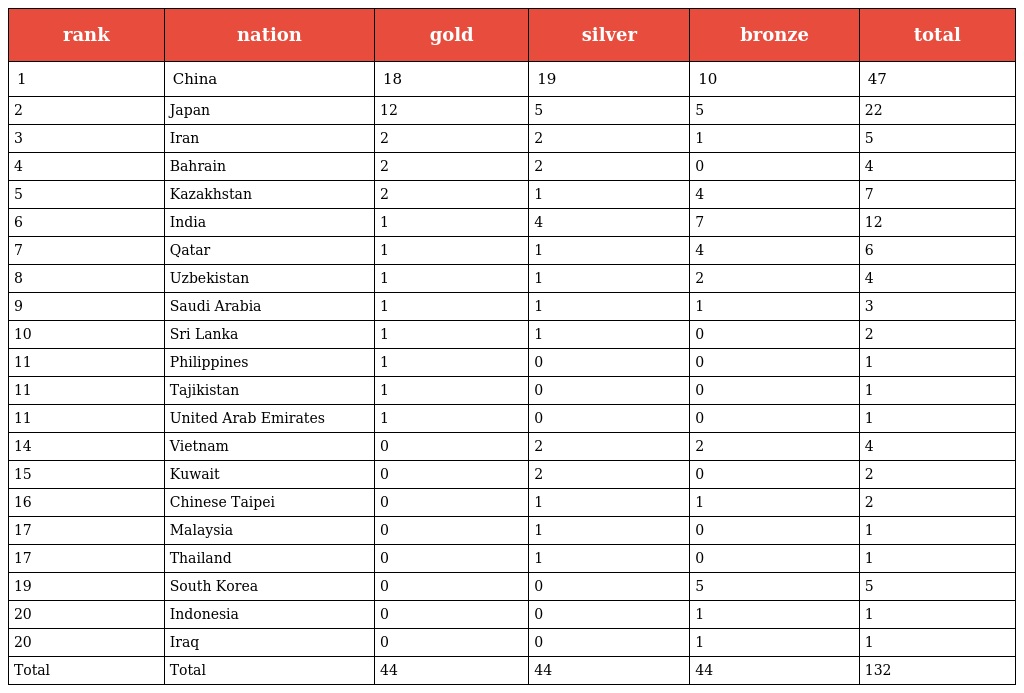
| rank | nation | gold | silver | bronze | total |
 | --- | --- | --- | --- | --- | --- |
 | 1 | China | 18 | 19 | 10 | 47 |
 | 2 | Japan | 12 | 5 | 5 | 22 |
 | 3 | Iran | 2 | 2 | 1 | 5 |
 | 4 | Bahrain | 2 | 2 | 0 | 4 |
 | 5 | Kazakhstan | 2 | 1 | 4 | 7 |
 | 6 | India | 1 | 4 | 7 | 12 |
 | 7 | Qatar | 1 | 1 | 4 | 6 |
 | 8 | Uzbekistan | 1 | 1 | 2 | 4 |
 | 9 | Saudi Arabia | 1 | 1 | 1 | 3 |
 | 10 | Sri Lanka | 1 | 1 | 0 | 2 |
 | 11 | Philippines | 1 | 0 | 0 | 1 |
 | 11 | Tajikistan | 1 | 0 | 0 | 1 |
 | 11 | United Arab Emirates | 1 | 0 | 0 | 1 |
 | 14 | Vietnam | 0 | 2 | 2 | 4 |
 | 15 | Kuwait | 0 | 2 | 0 | 2 |
 | 16 | Chinese Taipei | 0 | 1 | 1 | 2 |
 | 17 | Malaysia | 0 | 1 | 0 | 1 |
 | 17 | Thailand | 0 | 1 | 0 | 1 |
 | 19 | South Korea | 0 | 0 | 5 | 5 |
 | 20 | Indonesia | 0 | 0 | 1 | 1 |
 | 20 | Iraq | 0 | 0 | 1 | 1 |
 | Total | Total | 44 | 44 | 44 | 132 |